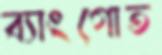
ব্যাংগোত